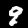
Digit: 9